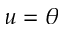
u = \theta